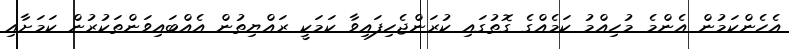
އެހެންކަމުން އެންމެ މުހިއްމު ކަމެއްގެ ގޮތުގައި ކުރަންޖެހިފައިވާ ކަމަކީ ރައްޔިތުން އެއްބައިވަންތަކުރުން ކަމަށާއި